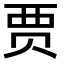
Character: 贾